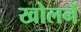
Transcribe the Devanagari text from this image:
खोलनें